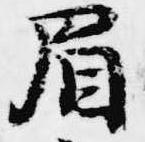
眉